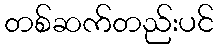
တစ်ဆက်တည်းပင်